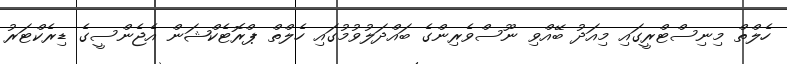
ހެލްތް މިނިސްޓްރީގައި މިއަދު ބޭއްވި ނޫސްވެރިންގެ ބައްދަލުވުމުގައި ހެލްތް ޕްރޮޓެކްޝަން އެޖެންސީގެ ޑިރެކްޓަރު